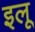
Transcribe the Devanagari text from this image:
इलू